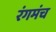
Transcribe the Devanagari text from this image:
रंगमंच